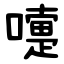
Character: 嚏